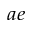
^ { a e }